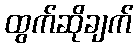
ထွက်ဆိုချက်